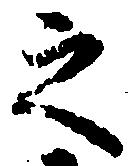
之